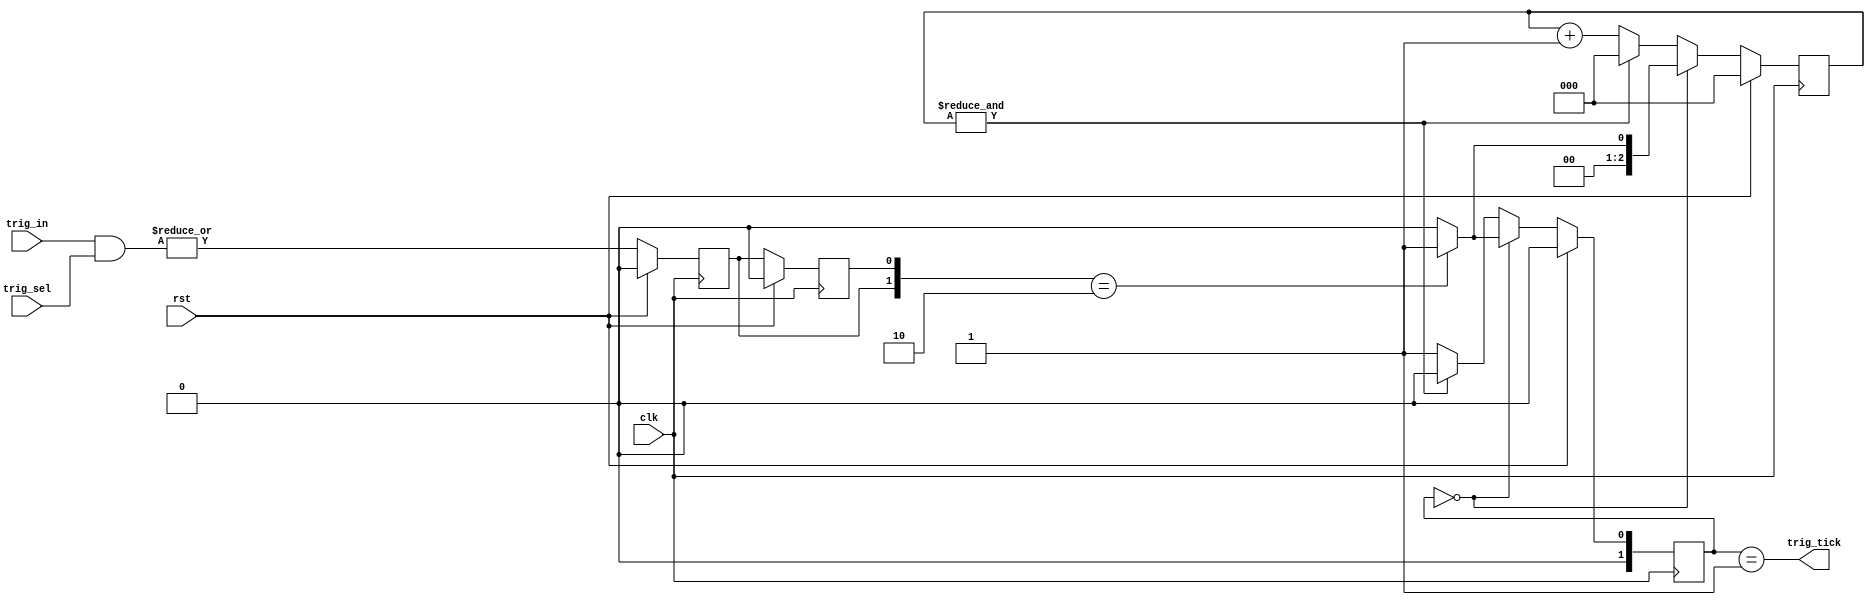
// This program was cloned from: https://github.com/marceluda/rp_lock-in_pid
// License: GNU General Public License v3.0

//////////////////////////////////////////////////////////////////////////////////
//
//
//  creates a trigger signal trig_tick when trig_in change its value. The value change
//  is chosen by a trig_sel mask. The output tick last for 2**N clock ticks
//
//
//////////////////////////////////////////////////////////////////////////////////


module trigger_input
#(parameter R=8 , N=3)
(
	input  wire clk, rst, 
	input  wire [R-1:0] trig_in,   // input for trigger signals
        input  wire [R-1:0] trig_sel,  // trigger selection
	output wire         trig_tick  // output tick
);

//signal declaration
reg [N-1:0] cnt;
reg [N-1:0] cnt_next;

reg [2-1:0] state, state_next;
reg         tirgger_now, tirgger_last;

localparam  [2-1:0] // 8 posible states
        idle     = 2'd0,
        wait1    = 2'd1;

// body
always @(posedge clk)
	if (rst) begin
                cnt           <=  {N{1'b0}} ;
                state         <=   0 ;
                tirgger_now   <=   0 ;
                tirgger_last  <=   0 ;
        end
	else begin
		cnt           <=   cnt_next;
                state         <=   state_next ;
                tirgger_now   <=   |(trig_in & trig_sel) ;
                tirgger_last  <=   tirgger_now ;
        end

// next-state logic 
always @*
begin
        if(state==idle) begin
                if( {tirgger_now,tirgger_last}==2'b10) begin
                       state_next = wait1;
                       cnt_next   = { {N-1{1'b0}}  , 1'b1 };
                end
                else begin
                       state_next = idle ;
                       cnt_next   = {N{1'b0}};
                end
        end
        else begin
                if( &cnt  ) begin
                       state_next = idle ;
                       cnt_next   = {N{1'b0}};
                end
                else begin
                       state_next = wait1;
                       cnt_next   = cnt + 1'b1 ;
                end
        end
end


// output logic

assign trig_tick = (state==wait1) ;


endmodule